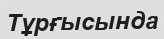
Тұрғысында